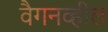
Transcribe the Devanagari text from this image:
वैगनव्हील